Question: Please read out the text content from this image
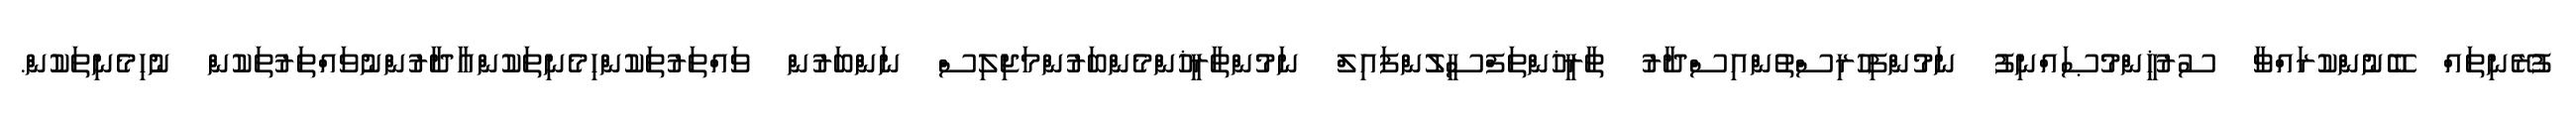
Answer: ފުރޭނިތައް ބޭނުންކުރައްވާ ސުރުޚީންމުޞައްނިފު ނަމުންފިހުރިސްތުންއިސްދާރު ތާރީޚުންތަފްސީލުންފައިލް ނަމުންތާރީޚުންމެންބަރުންމަޖިލިސް ނަންބަރުން ވައްތަރުތަކުންހިމެނިތަކުންއާދާރުންނުވައްތަރުތަކުން ނުހިމެނިތަކުން.